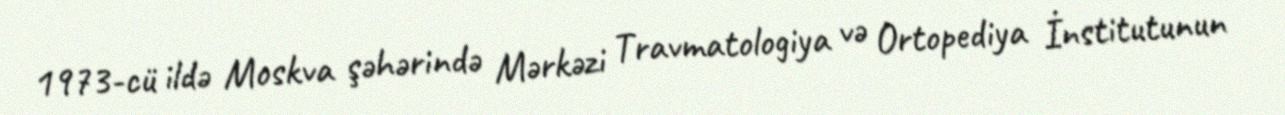
1973-cü ildə Moskva şəhərində Mərkəzi Travmatologiya və Ortopediya İnstitutunun